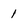
Character: 1